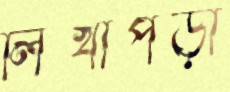
লিখাপড়া